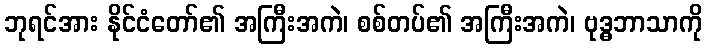
ဘုရင်အား နိုင်ငံတော်၏ အကြီးအကဲ၊ စစ်တပ်၏ အကြီးအကဲ၊ ဗုဒ္ဓဘာသာကို